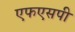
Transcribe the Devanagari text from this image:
एफएसपी